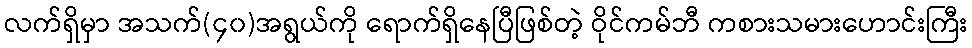
လက်ရှိမှာ အသက်(၄၀)အရွယ်ကို ရောက်ရှိနေပြီဖြစ်တဲ့ ဝိုင်ကမ်ဘီ ကစားသမားဟောင်းကြီး